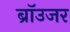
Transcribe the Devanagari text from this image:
ब्रॉउजर